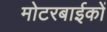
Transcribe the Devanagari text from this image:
मोटरबाईकों